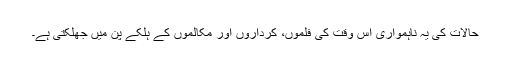
حالات کی یہ ناہمواری اس وقت کی فلموں، کرداروں اور مکالموں کے ہلکے پن میں جھلکتی ہے۔